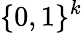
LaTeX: \{ 0,1\} ^{k}